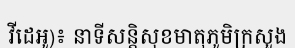
វីដេអូ)៖ នាទីសន្តិសុខមាតុភូមិក្រសួង